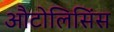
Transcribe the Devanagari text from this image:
औटोलिसिंस